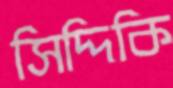
সিদ্দিকি